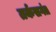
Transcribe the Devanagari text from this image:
तर्कसगंत